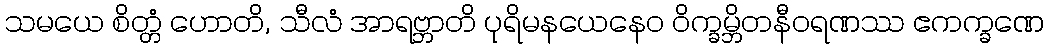
သမယေ စိတ္တံ ဟောတိ, သီလံ အာရဗ္ဘာတိ ပုရိမနယေနေဝ ဝိက္ခမ္ဘိတနီဝရဏဿ ဧကက္ခဏေ